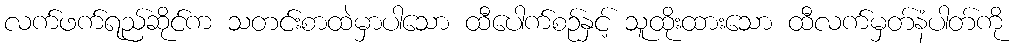
လက်ဖက်ရည်ဆိုင်က သတင်းစာထဲမှာပါသော ထီပေါက်စဉ်နှင့် သူထိုးထားသော ထီလက်မှတ်နံပါတ်ကို